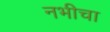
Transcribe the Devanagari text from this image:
नभीचा